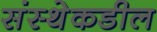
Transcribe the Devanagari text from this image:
संस्थेकडील